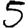
Digit: 5